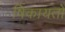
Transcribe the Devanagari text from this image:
षिकायतों